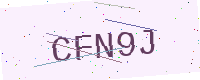
Text: CFN9J